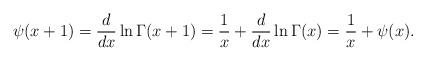
LaTeX: \begin{align*}\psi(x+1)=\frac{d}{dx} \ln \Gamma(x+1)=\frac{1}{x}+\frac{d}{dx} \ln \Gamma(x)=\frac{1}{x}+\psi(x).\end{align*}